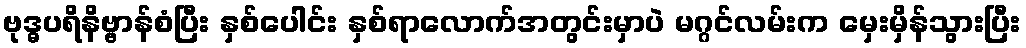
ဗုဒ္ဓပရိနိဗ္ဗာန်စံပြီး နှစ်ပေါင်း နှစ်ရာလောက်အတွင်းမှာပဲ မဂ္ဂင်လမ်းက မှေးမှိန်သွားပြီး